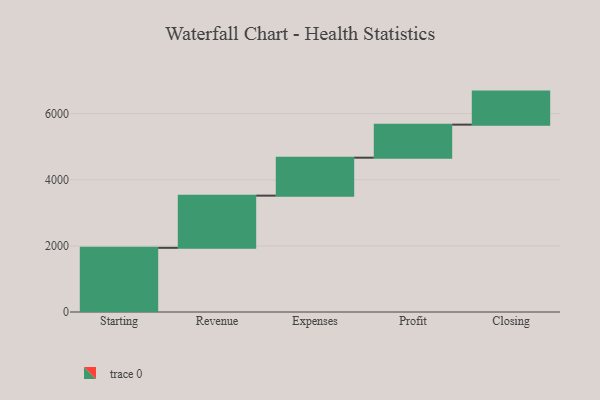
{"axis": {"x": "Step", "y": "Value"}, "legend": [""], "data": [{"x": "Starting", "y": 1942.0, "type": ""}, {"x": "Revenue", "y": 1579.0, "type": ""}, {"x": "Expenses", "y": 1149.0, "type": ""}, {"x": "Profit", "y": 1000, "type": ""}, {"x": "Closing", "y": 1000, "type": ""}]}